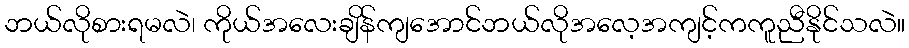
ဘယ်လိုစားရမလဲ၊ ကိုယ်အလေးချိန်ကျအောင်ဘယ်လိုအလေ့အကျင့်ကကူညီနိုင်သလဲ။